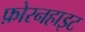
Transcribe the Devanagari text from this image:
फ़ोरनहाइट